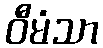
ဝီမံသာ